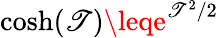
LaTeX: \cosh(\mathscr{T})\leqe^{\mathscr{T}^{2}/2}